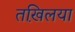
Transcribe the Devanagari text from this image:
तखि़लया